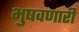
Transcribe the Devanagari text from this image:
भुषवणारी